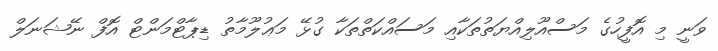
ވަނީ މި އޮފީހުގެ މަސްއޫލިއްޔަތުތަކާއި މަސައްކަތްތަކާ ގުޅޭ މަޢުލޫމާތު ޑިޕާޓްމަންޓް އޮފް ނޭޝަނަލް